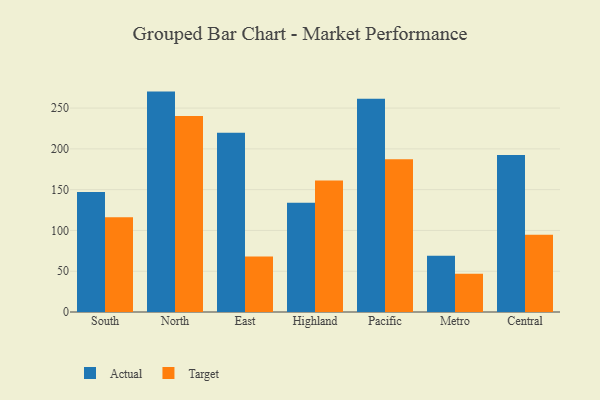
{"axis": {"x": "Region", "y": "Latency (ms)"}, "legend": ["Actual", "Target"], "data": [{"x": "South", "y": 147.2, "type": "Actual"}, {"x": "South", "y": 116.3, "type": "Target"}, {"x": "North", "y": 270.2, "type": "Actual"}, {"x": "North", "y": 240.3, "type": "Target"}, {"x": "East", "y": 219.7, "type": "Actual"}, {"x": "East", "y": 68.1, "type": "Target"}, {"x": "Highland", "y": 134.0, "type": "Actual"}, {"x": "Highland", "y": 161.3, "type": "Target"}, {"x": "Pacific", "y": 261.4, "type": "Actual"}, {"x": "Pacific", "y": 187.2, "type": "Target"}, {"x": "Metro", "y": 68.9, "type": "Actual"}, {"x": "Metro", "y": 46.9, "type": "Target"}, {"x": "Central", "y": 192.4, "type": "Actual"}, {"x": "Central", "y": 94.6, "type": "Target"}]}